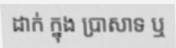
ដាក់ ក្នុង ប្រាសាទ ឬ